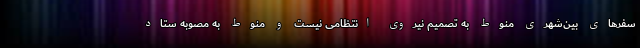
سفرهای بین‌شهری منوط به تصمیم نیروی انتظامی نیست و منوط به مصوبه ستاد